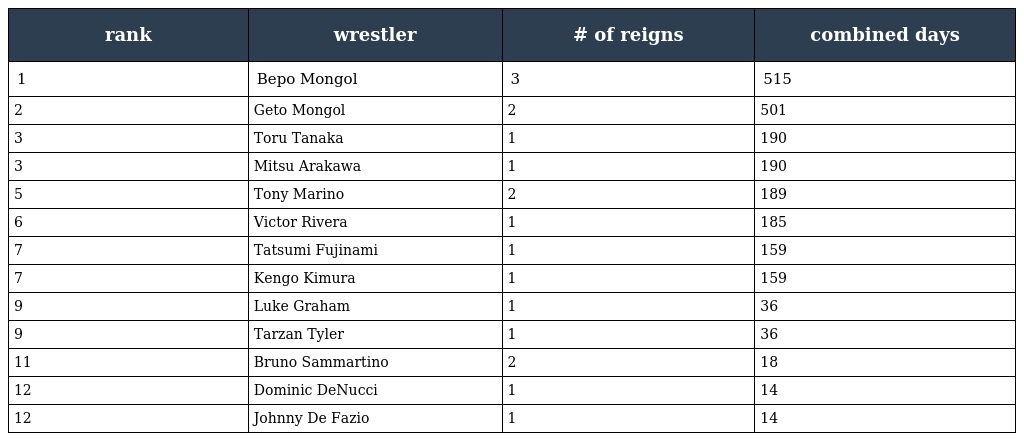
| rank | wrestler | # of reigns | combined days |
 | --- | --- | --- | --- |
 | 1 | Bepo Mongol | 3 | 515 |
 | 2 | Geto Mongol | 2 | 501 |
 | 3 | Toru Tanaka | 1 | 190 |
 | 3 | Mitsu Arakawa | 1 | 190 |
 | 5 | Tony Marino | 2 | 189 |
 | 6 | Victor Rivera | 1 | 185 |
 | 7 | Tatsumi Fujinami | 1 | 159 |
 | 7 | Kengo Kimura | 1 | 159 |
 | 9 | Luke Graham | 1 | 36 |
 | 9 | Tarzan Tyler | 1 | 36 |
 | 11 | Bruno Sammartino | 2 | 18 |
 | 12 | Dominic DeNucci | 1 | 14 |
 | 12 | Johnny De Fazio | 1 | 14 |